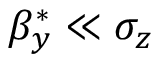
\beta _ { y } ^ { * } \ll \sigma _ { z }